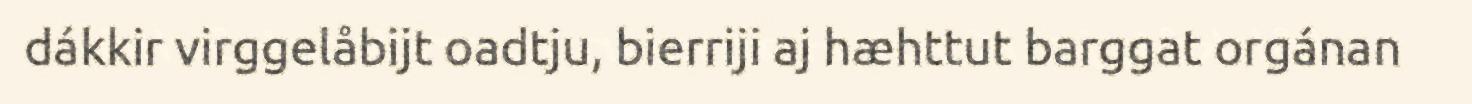
dákkir virggelåbijt oadtju, bierriji aj hæhttut barggat orgánan